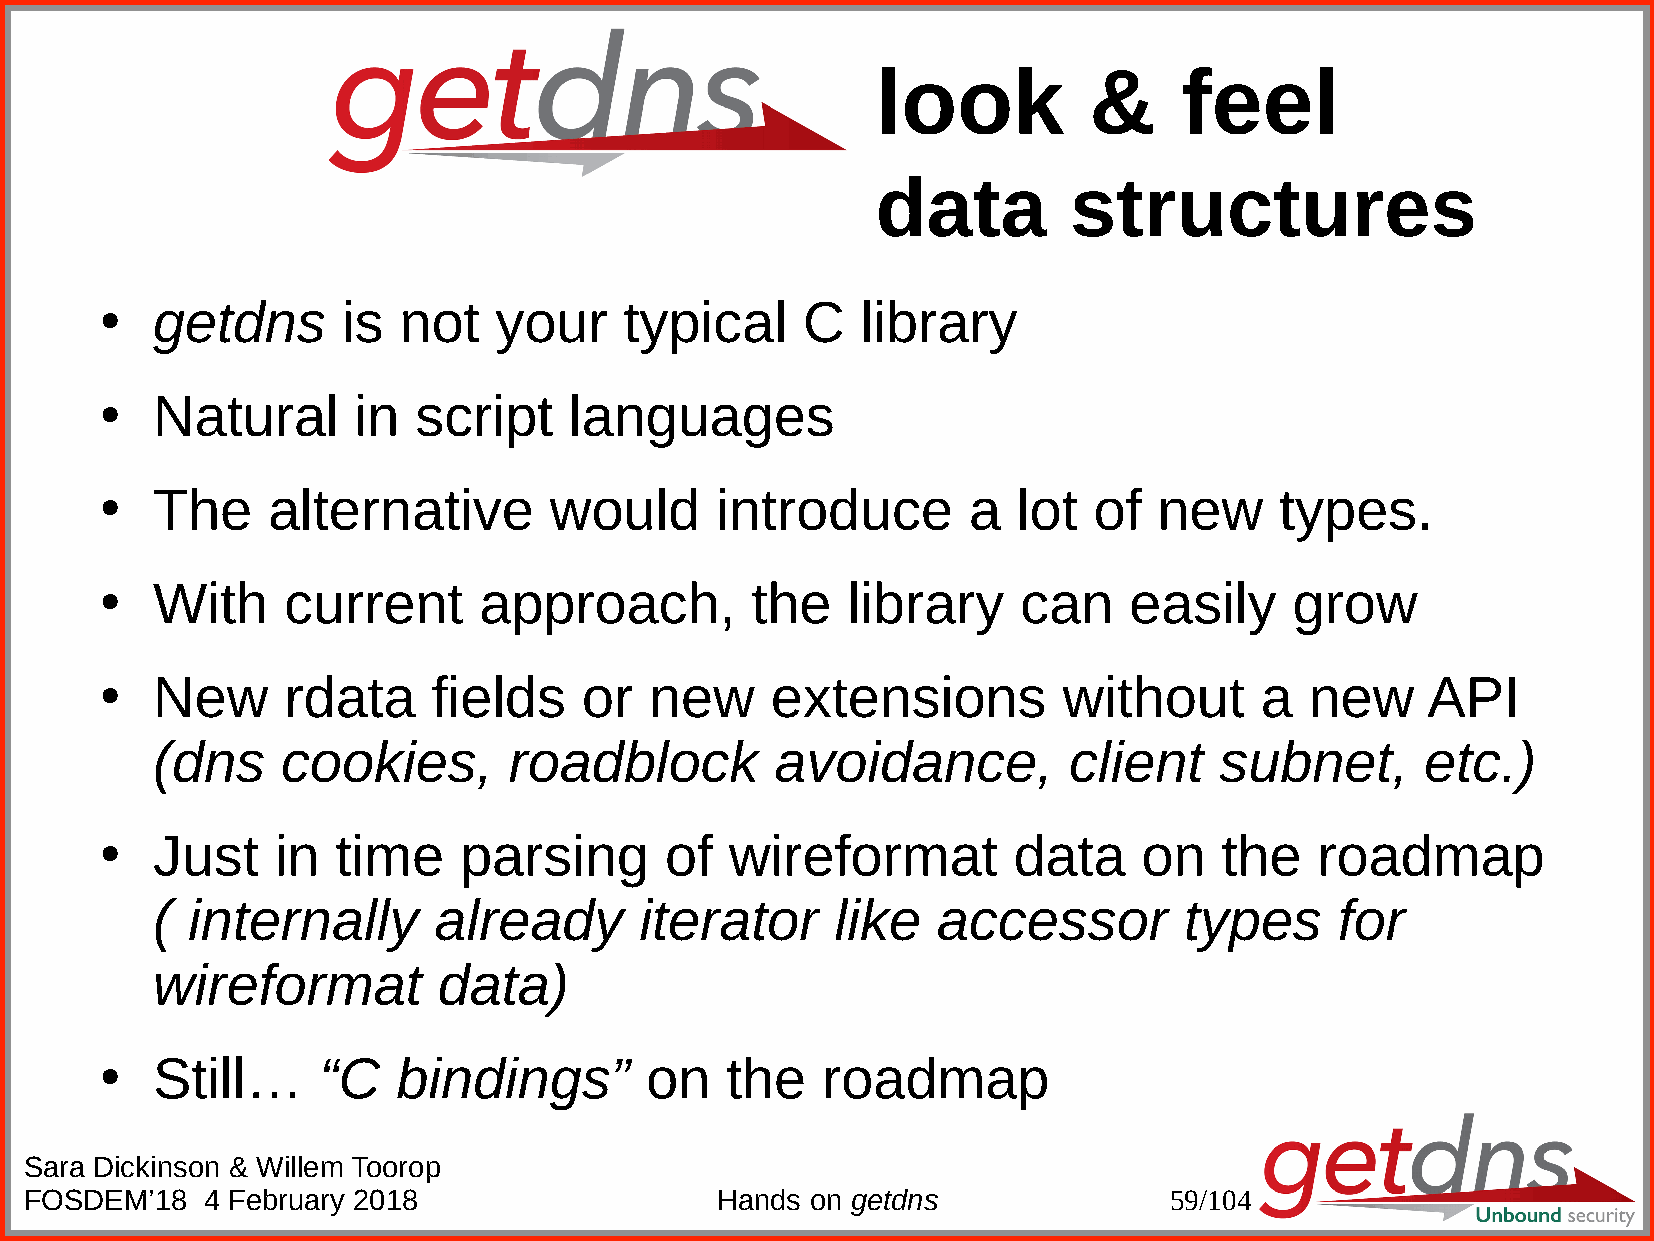
look          &     feel
 data         structures
 getdns       is not    your    typical     C   library
 ●
 Natural      in  script     languages
 ●
 The     alternative       would      introduce        a  lot  of   new     types.
 ●
 With     current      approach,         the   library     can    easily     grow
 ●
 New      rdata     fields    or  new     extensions         without      a   new    API
 ●
 (dns     cookies,       roadblock        avoidance,          client    subnet,      etc.)
 Just    in  time    parsing       of  wireformat         data     on   the   roadmap
 ●
 ( internally       already      iterator     like   accessor        types      for
 wireformat         data)
 Still…     “C   bindings”        on   the   roadmap
 ●
 Sara Dickinson & Willem Toorop
 FOSDEM’18  4 February 2018                   Hands  on getdns              59/104